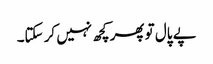
پے پال تو پھر کچھ نہیں کر سکتا۔